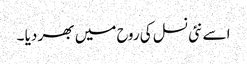
اسے نئی نسل کی روح میں بھر دیا ۔